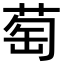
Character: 萄